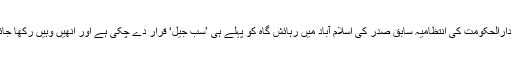
وفاقی دارالحکومت کی انتظامیہ سابق صدر کی اسلام آباد میں رہائش گاہ کو پہلے ہی ’سب جیل‘ قرار دے چکی ہے اور اُنھیں وہیں رکھا جائے گا۔